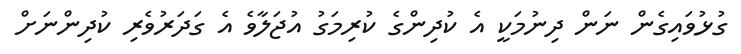
ގުޅުވައިގެން ނަން ދިނުމަކީ އެ ކުދިންގެ ކުރިމަގު އުޖަލާވެ އެ ގަދަރުވެރި ކުދިންނަށް